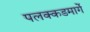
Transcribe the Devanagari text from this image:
पलक्कडमार्गे